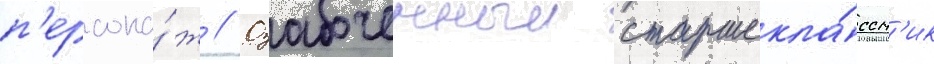
п'ерсона́ж // Озабоченныи старшекла́ссн'ик